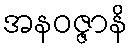
အနဝဇ္ဇာနိ